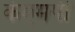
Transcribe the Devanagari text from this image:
केएमपी